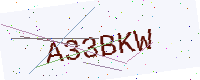
Text: A33BKW